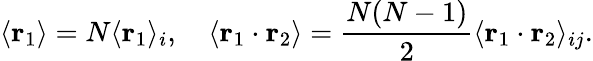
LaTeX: \langle\mathbf{r}_{1}\rangle=N\langle\mathbf{r}_{1}\rangle_{i},\quad\langle\mathbf{r}_{1}\cdot\mathbf{r}_{2}\rangle=\frac{N(N-1)}{2}\langle\mathbf{r}_{1}\cdot\mathbf{r}_{2}\rangle_{ij}.